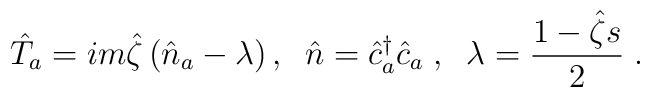
\hat{T}_a= im\hat{\zeta}\left(\hat{n}_a -\lambda \right),\;\;\hat{n}=\hat{c}^\dagger_a\hat{c}_a\;,\;\;\lambda =\frac{1-\hat{\zeta}s}{2}\;.